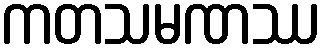
ကတသမဏဿ